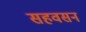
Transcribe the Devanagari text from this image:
सहवसन